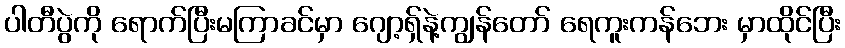
ပါတီပွဲကို ရောက်ပြီးမကြာခင်မှာ ဂျော့ရှ်နဲ့ကျွန်တော် ရေကူးကန်ဘေး မှာထိုင်ပြီး